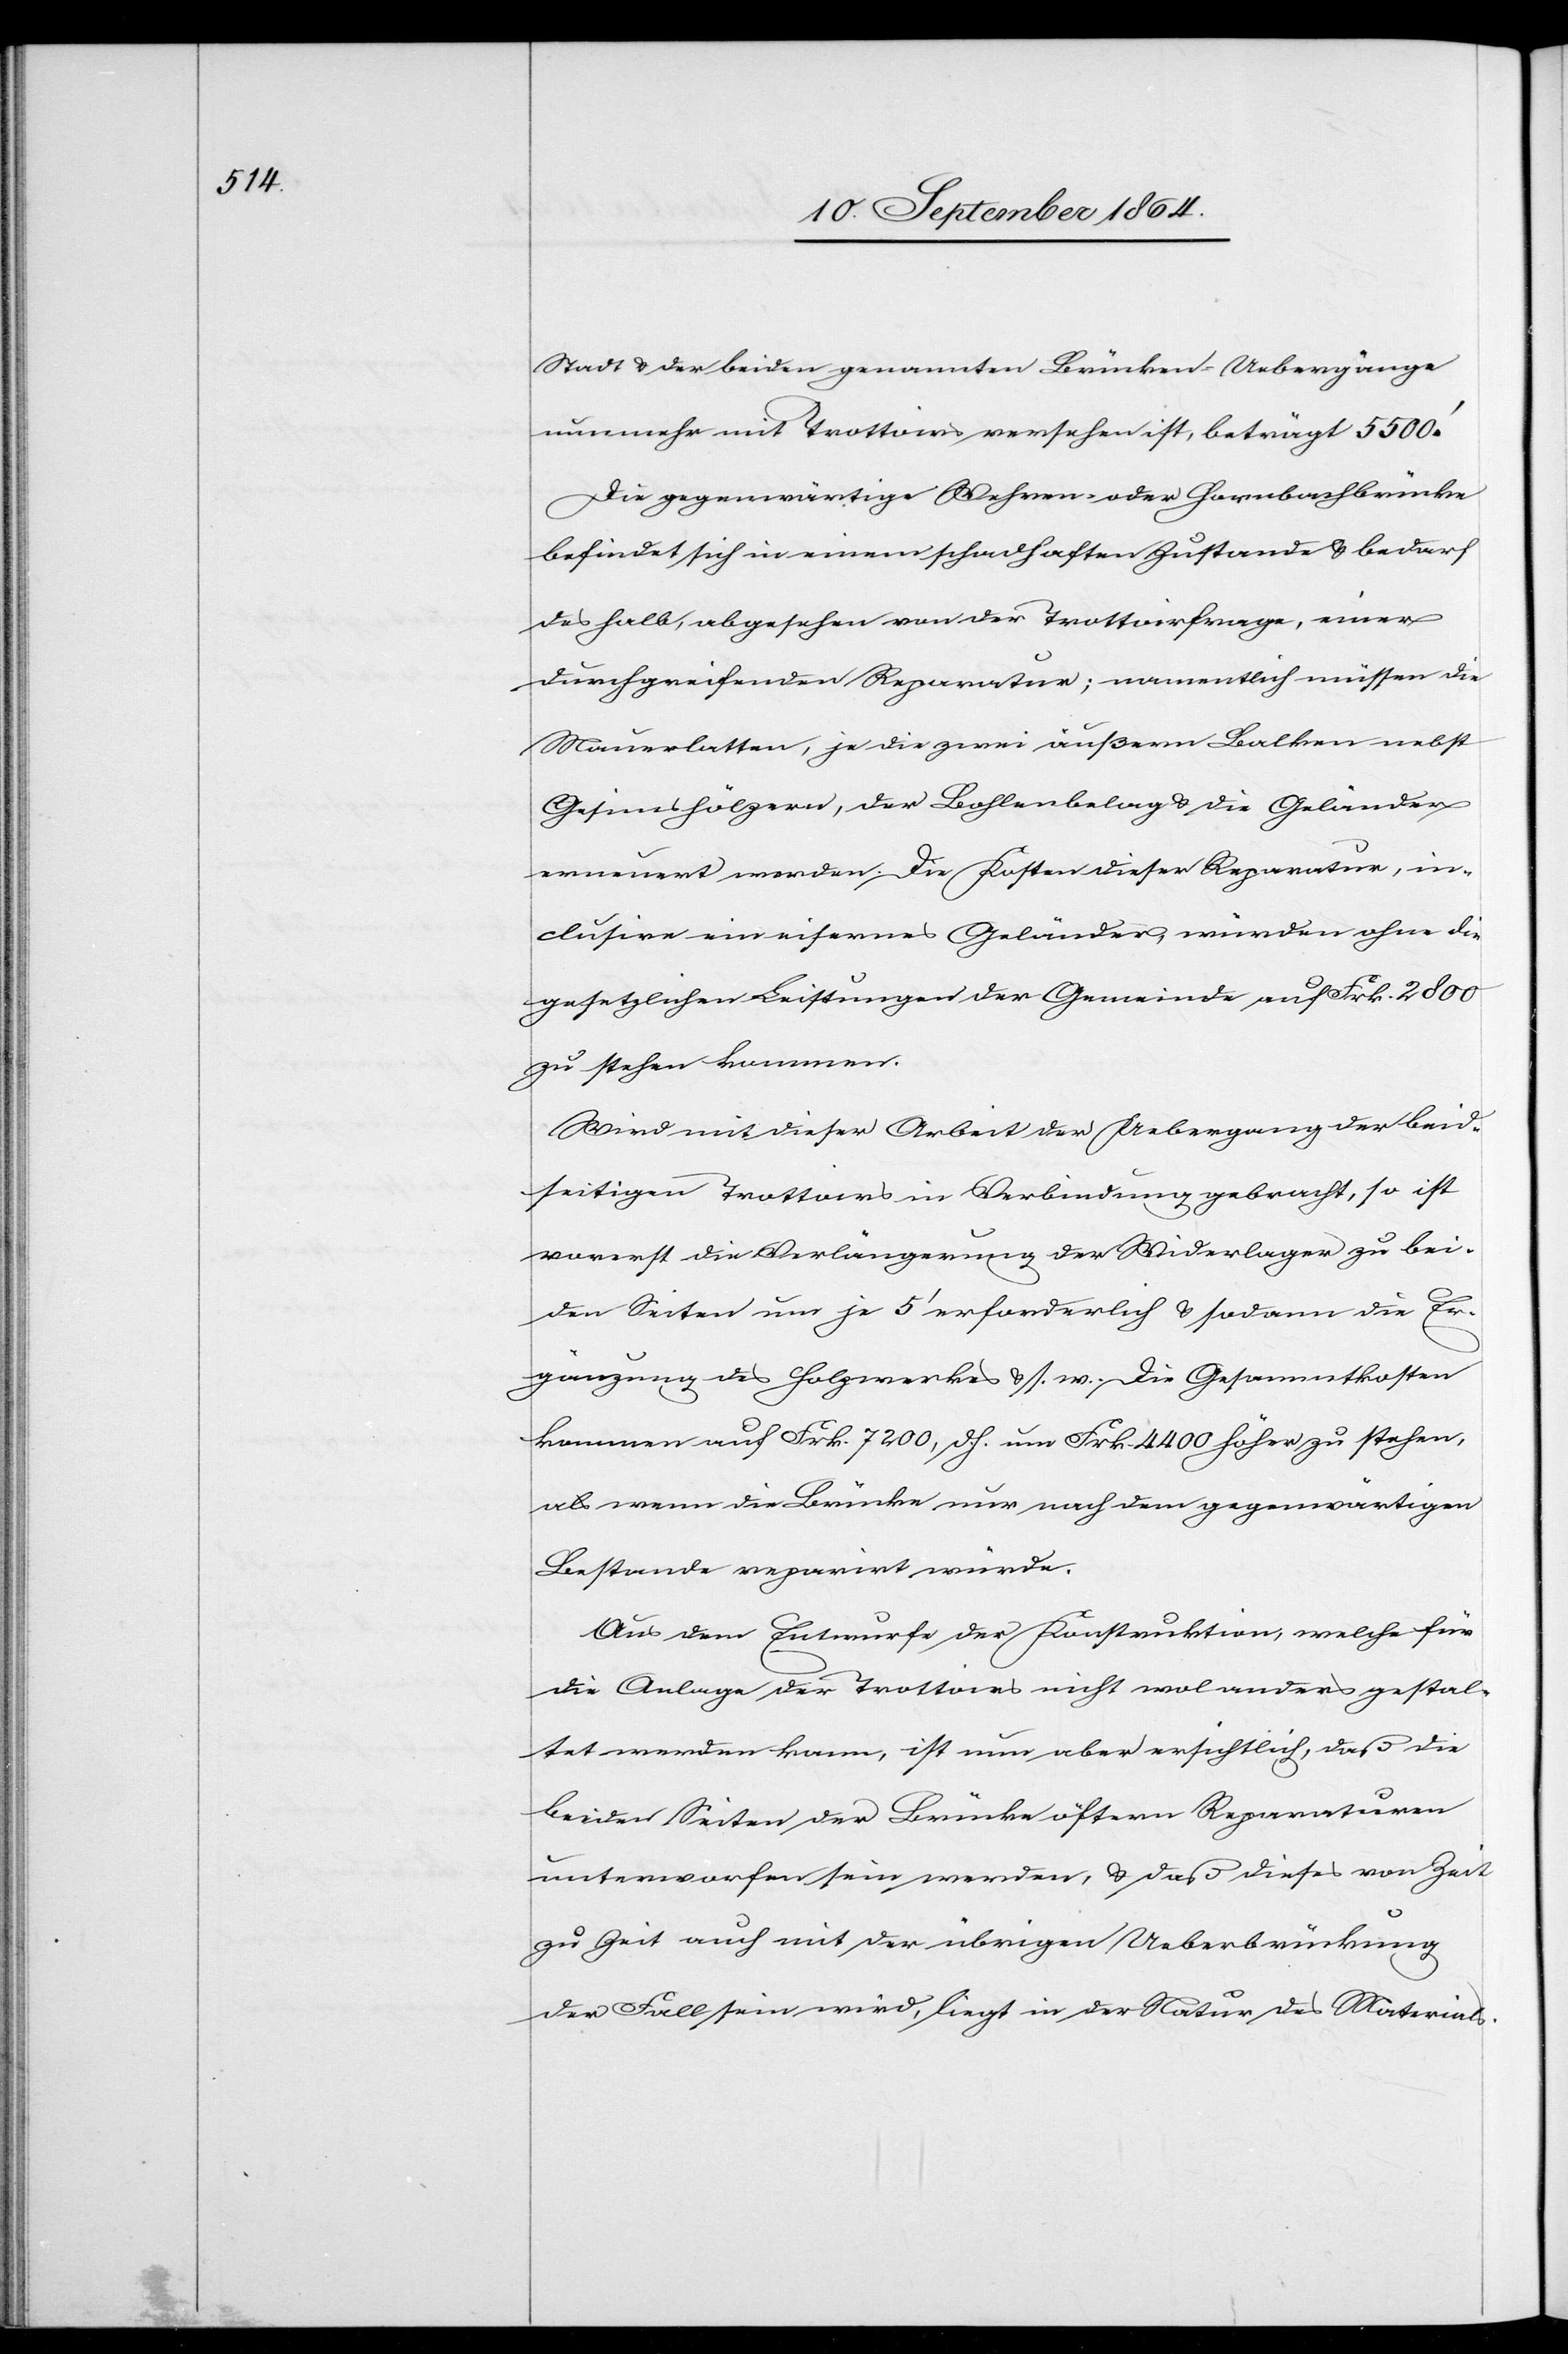
Stadt & der beiden genannten Brücken-Uebergänge
nunmehr mit Trottoirs versehen ist, beträgt 5 500’.
Die gegenwärtige Wehren- oder Hornbachbrücke
befindet sich in einem schadhaften Zustande & bedarf
deshalb, abgesehen von der Trottoirfrage, einer
durchgreifenden Reparatur; namentlich müssen die
Mauerlatten, je die zwei äußern Balken nebst
Gesimshölzern, der Bohlenbelag & die Geländer
erneuert werden. Die Kosten dieser Reparatur, in¬
clusive ein eisernes Geländer, würden ohne die
gesetzlichen Leistungen der Gemeinde auf Frk. 2 800
zu stehen kommen.
Wird mit dieser Arbeit der Uebergang der beid¬
seitigen Trottoirs in Verbindung gebracht, so ist
vorerst die Verlängerung der Widerlager zu bei¬
den Seiten um je 5’ erforderlich & sodann die Er¬
gänzung des Holzwerkes & s. w. Die Gesammtkosten
kommen auf Frk. 7 200, d. h. um Frk. 4 400 höher zu stehen,
als wenn die Brücke nur nach dem gegenwärtigen
Bestande reparirt würde.
Aus dem Entwurfe der Konstruktion, welche für
die Anlage der Trottoirs nicht wol anders gestal¬
tet werden kann, ist nun aber ersichtlich, daß die
beiden Seiten der Brücke öftern Reparaturen
unterworfen sein werden, & daß dieses von Zeit
zu Zeit auch mit der übrigen Ueberbrückung
der Fall sein wird, liegt in der Natur des Materials.